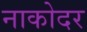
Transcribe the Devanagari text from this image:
नाकोदर